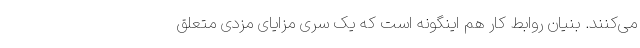
می‌کنند. بنیان روابط کار هم اینگونه است که یک سری مزایای مزدی متعلق